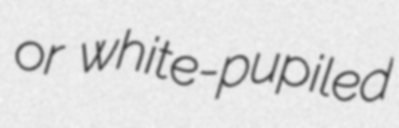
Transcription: or white-pupiled